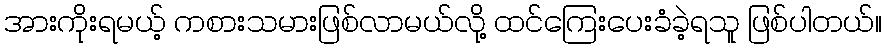
အားကိုးရမယ့် ကစားသမားဖြစ်လာမယ်လို့ ထင်ကြေးပေးခံခဲ့ရသူ ဖြစ်ပါတယ်။